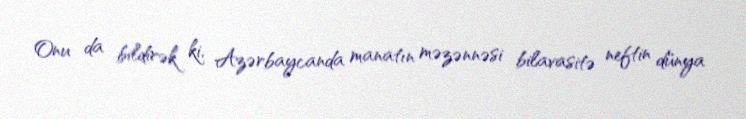
Onu da bildirək ki, Azərbaycanda manatın məzənnəsi bilavasitə neftin dünya